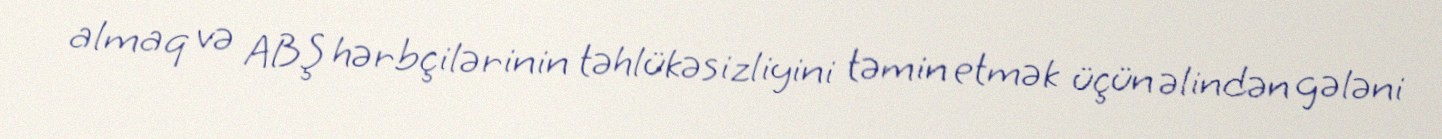
almaq və ABŞ hərbçilərinin təhlükəsizliyini təmin etmək üçün əlindən gələni